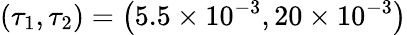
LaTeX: \left(\tau_{1},\tau_{2}\right)=\left(5.5\times 10^{-3},20\times 10^{-3}\right)